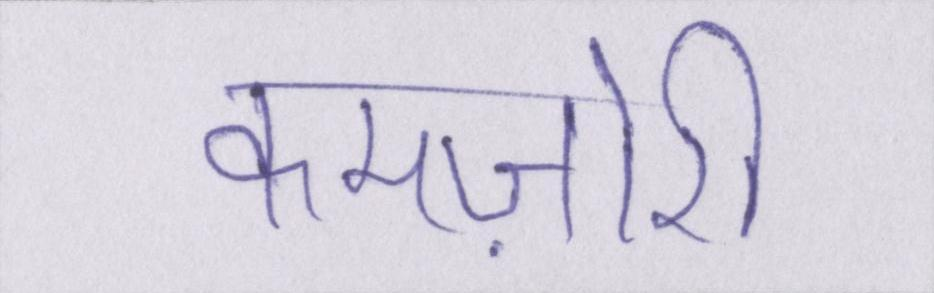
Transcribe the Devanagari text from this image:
कमज़ोरी